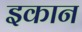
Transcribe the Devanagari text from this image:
इकान